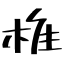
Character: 椎